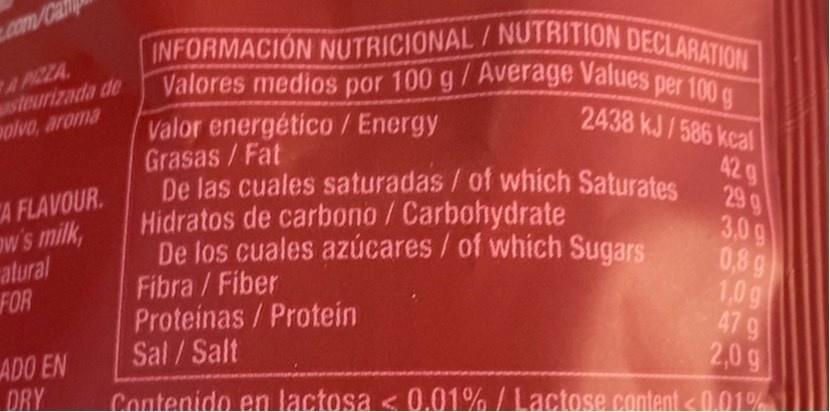
INFORMACION NUTRICIONAL/NUTRITION DECLARATION Valores medios por 100 g/Average Values per 100 g 2438 kJ/586 kcal
.com/Ca
A PICZA steurizada de olvo, aroma
CA FLAVOUR. ow's milk, atural FOR
Valor energético / Energy Grasas/Fat De las cuales saturadas/of which Saturates Hidratos de carbono /Carbohydrate De los cuales azúcares/ of which Sugars Fibra/Fiber Proteinas/Protein Sal/Salt
429 299 3,0g 0,8 g 1,0g 47 9 2,0 g
ADO EN DRY
Contenido en lactosa < 0.01% /Lactose content<0.01%